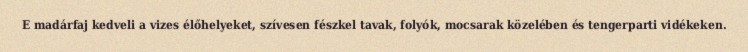
E madárfaj kedveli a vizes élőhelyeket, szívesen fészkel tavak, folyók, mocsarak közelében és tengerparti vidékeken.